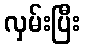
လှမ်းပြီး